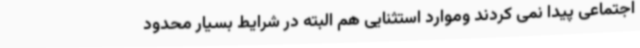
اجتماعی پیدا نمی کردند وموارد استثنایی هم البته در شرایط بسیار محدود